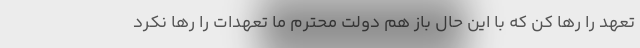
تعهد را رها کن که با این حال باز هم دولت محترم ما تعهدات را رها نکرد